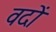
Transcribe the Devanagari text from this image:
वदों